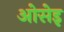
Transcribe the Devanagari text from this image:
ओसेइ